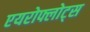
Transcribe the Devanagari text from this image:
एयरोफ्लोट्स